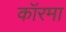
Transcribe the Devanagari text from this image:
कॉरमा